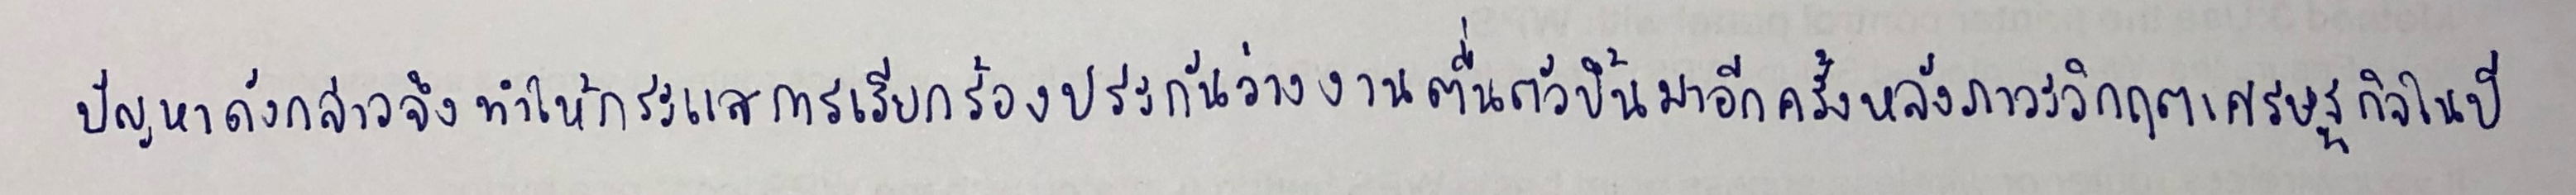
ปัญหาดังกล่าวจึงทำให้กระแสการเรียกร้องประกันว่างงานตื่นตัวขึ้นมาอีกครั้งหลังภาวะวิกฤตเศรษฐกิจในปี